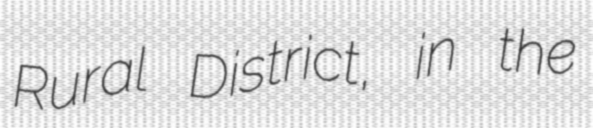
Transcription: Rural District, in the